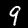
Digit: 9